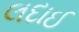
લદાઈ